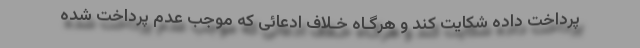
پرداخت داده شکایت کند و هرگـاه خـلاف ادعائی که موجب عدم پرداخت شده